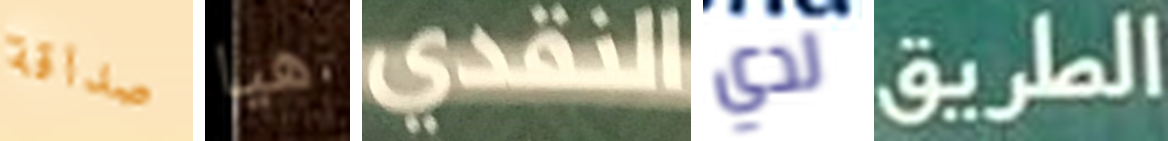
صداقة هيا النقدي لدي الطريق